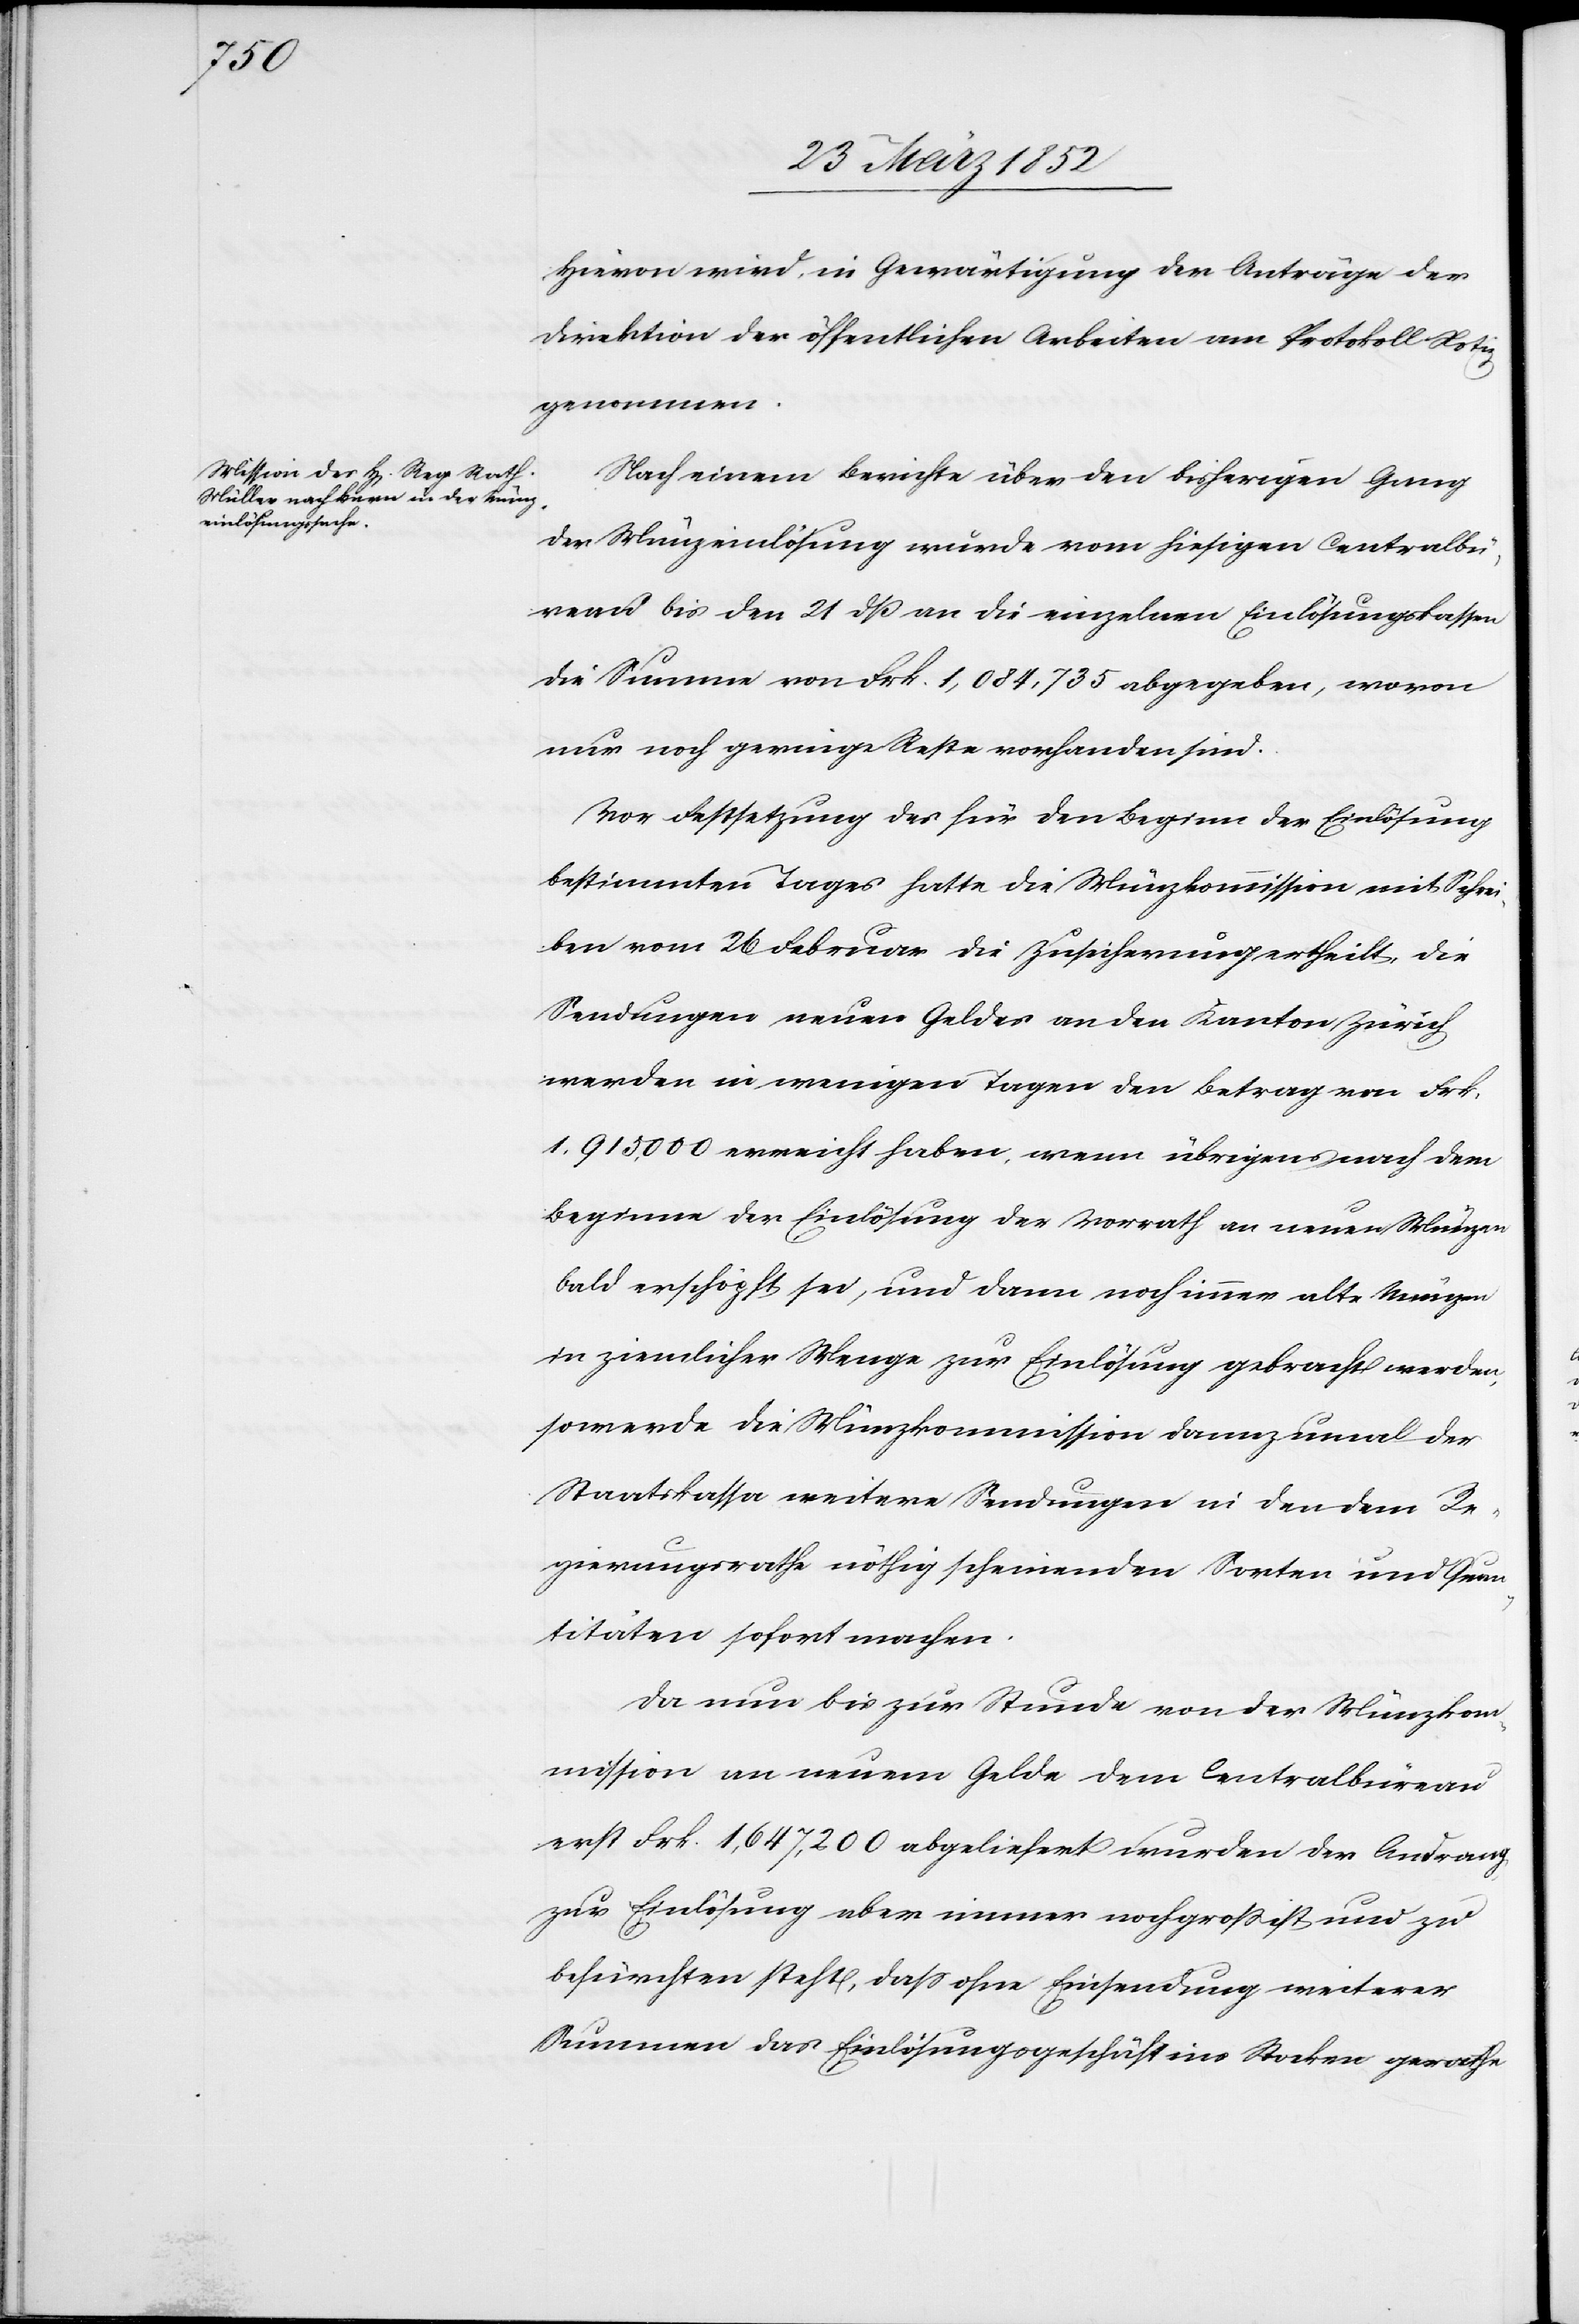
Hievon wird in Gewärtigung der Anträge der
Direktion der öffentlichen Arbeiten am Protokoll Notiz
genommen.
Nach einem Berichte über den bisherigen Gang
der Münzeinlösung wurde vom hiesigen Centralbü¬
reau bis den 21 dß an die einzelnen Einlösungskassen
die Summe von Frk. 1,084,735 abgegeben, wovon
nur noch geringe Reste vorhanden sind.
Vor Festsetzung des für den Beginn der Einlösung
bestimmten Tages hatte die Münzkommission mit Schrei¬
ben vom 26 Februar die Zusicherung ertheilt, die
Sendungen neuen Geldes an den Kanton Zürich
werden in wenigen Tagen den Betrag von Frk.
1,915,000 erreicht haben, wenn übrigens nach dem
Beginne der Einlösung der Vorrath an neuen Münzen
bald erschöpft sei, und dann noch immer alte Münzen
in ziemlicher Menge zur Einlösung gebracht werden,
so werde die Münzkommission dannzumal der
Staatskassa weitere Sendungen in den dem Re¬
gierungsrathe nöthig scheinenden Sorten und Quan¬
titäten sofort machen.
Da nun bis zur Stunde von der Münzkom¬
mission an neuem Gelde dem Centralbüreau
erst Frk. 1,647,200 abgeliefert wurden der Andrang
zur Einlösung aber immer noch groß ist und zu
befürchten steht, daß ohne Einsendung weiterer
Summen das Einlösungsgeschäft ins Stocken gerathe